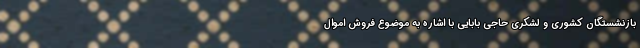
بازنشستگان کشوری و لشکری حاجی بابایی با اشاره به موضوع فروش اموال